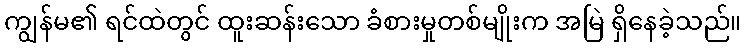
ကျွန်မ၏ ရင်ထဲတွင် ထူးဆန်းသော ခံစားမှုတစ်မျိုးက အမြဲ ရှိနေခဲ့သည်။